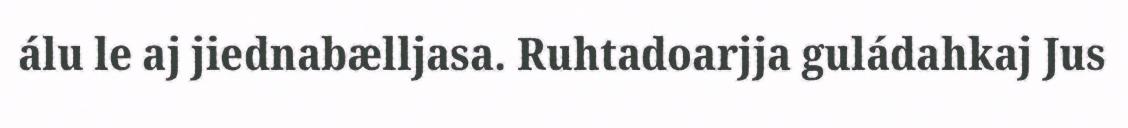
álu le aj jiednabælljasa. Ruhtadoarjja guládahkaj Jus